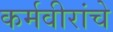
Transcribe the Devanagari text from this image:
कर्मवीरांचे